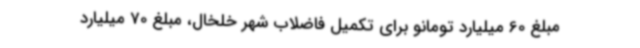
مبلغ 60 میلیارد تومانو برای تکمیل فاضلاب شهر خلخال، مبلغ 70 میلیارد